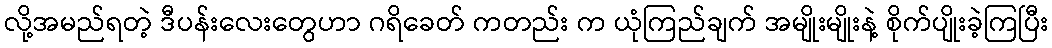
လို့အမည်ရတဲ့ ဒီပန်းလေးတွေဟာ ဂရိခေတ် ကတည်း က ယုံကြည်ချက် အမျိုးမျိုးနဲ့ စိုက်ပျိုးခဲ့ကြပြီး